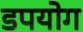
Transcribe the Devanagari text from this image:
डपयोग